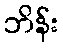
ဘိန်း